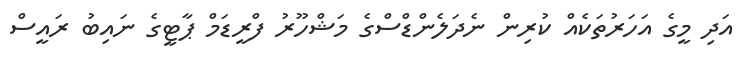
އަދި މީގެ އަހަރުތަކެއް ކުރިން ނެދަލެންޑްސްގެ މަޝްހޫރު ފްރީޑަމް ޕާޓީގެ ނައިބު ރައީސް